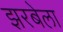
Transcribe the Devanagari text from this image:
झरबेला